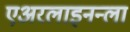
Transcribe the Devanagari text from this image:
एअरलाइनन्ला